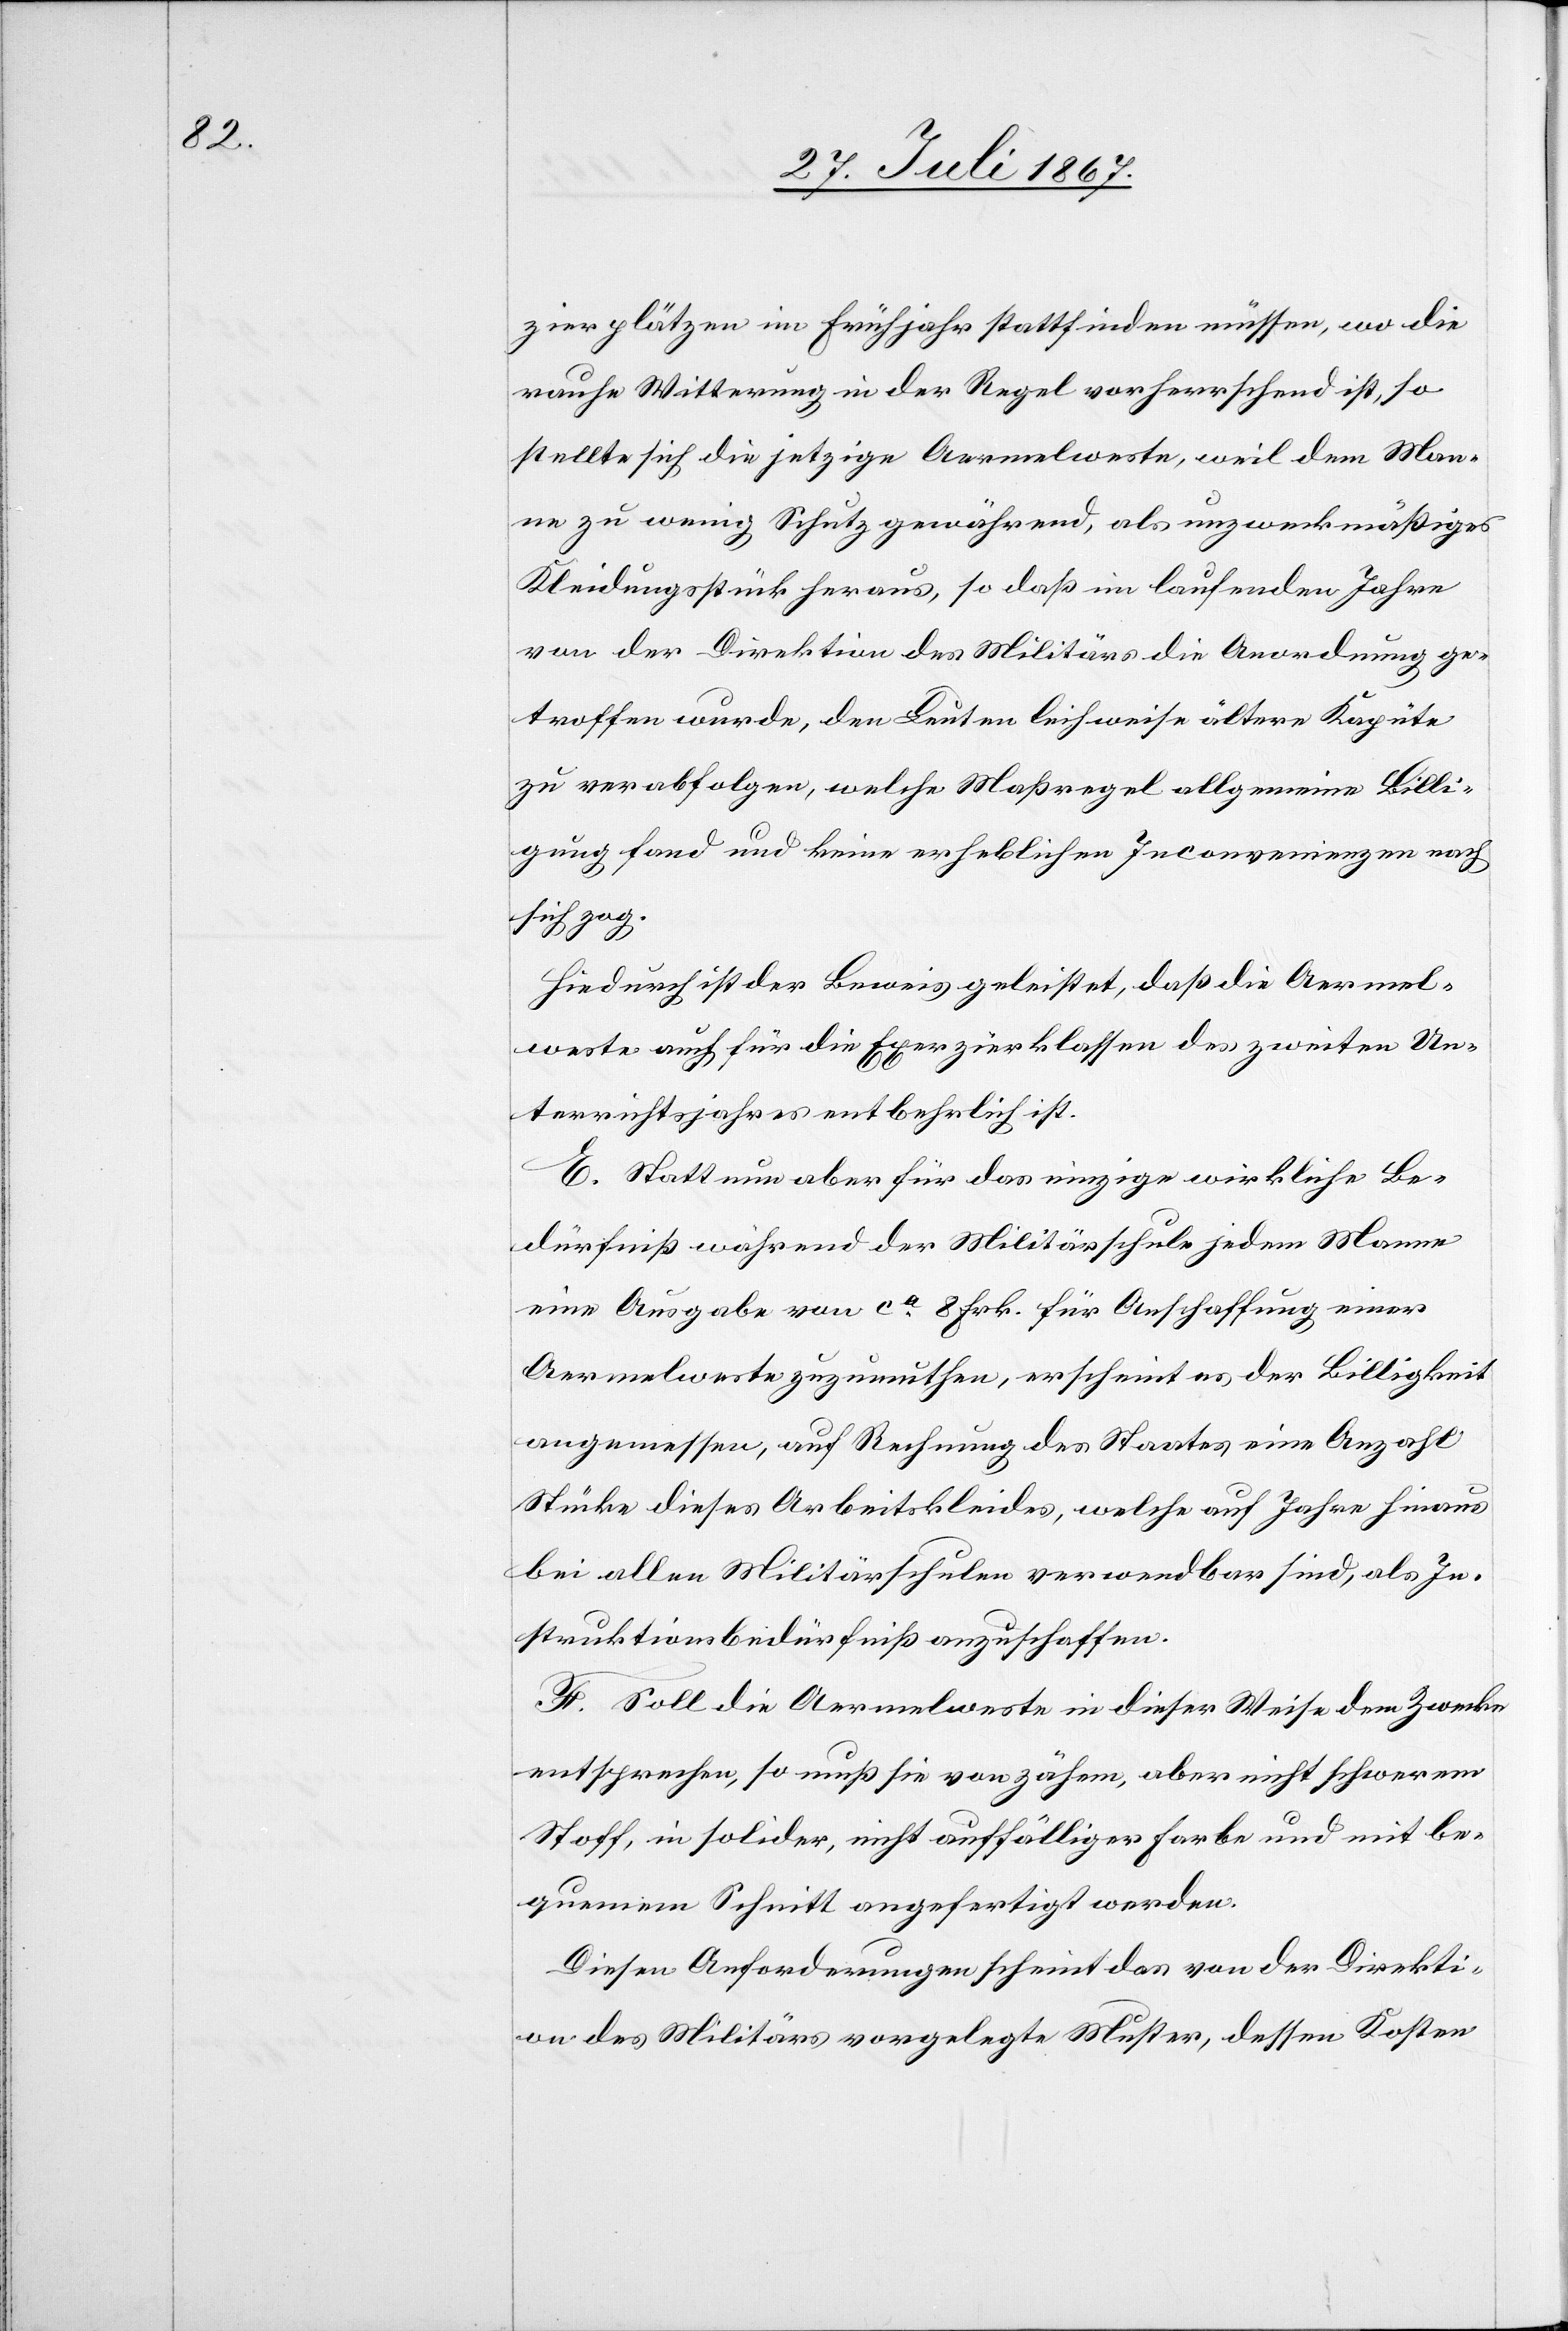
zierplätzen im Frühjahr stattfinden müssen, wo die
rauhe Witterung in der Regel vorherrschend ist, so
stellte sich die jetzige Aermelweste, weil dem Man¬
ne zu wenig Schutz gewährend, als unzweckmäßiges
Kleidungsstück heraus, so daß im laufenden Jahre
von der Direktion des Militärs die Anordnung ge¬
troffen wurde, den Leuten leihweise ältere Kapüte
zu verabfolgen, welche Maßregel allgemeine Billi¬
gung fand und keine erheblichen Inconvenienzen nach
sich zog.
Hiedurch ist der Beweis geleistet, daß die Aermel¬
weste auch für die Exerzierklassen des zweiten Un¬
terrichtsjahres entbehrlich ist.
E. Statt nun aber für das einzige wirkliche Be¬
dürfniß während der Militärschule jedem Manne
eine Ausgabe von ca. 8 Frk. für Anschaffung einer
Aermelweste zuzumuthen, erscheint es der Billigkeit
angemessen, auf Rechnung des Staates eine Anzahl
Stücke dieses Arbeitskleides, welche auf Jahre hinaus
bei allen Militärschulen verwendbar sind, als In¬
struktionsbedürfniß anzuschaffen.
F. Soll die Aermelweste in dieser Weise dem Zwecke
entsprechen, so muß sie von zähem, aber nicht schwerem
Stoff, in solider, nicht auffälliger Farbe und mit be¬
quemem Schnitt angefertigt werden.
Diesen Anforderungen scheint das von der Direkti¬
on des Militärs vorgelegte Muster, dessen Kosten